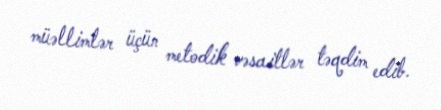
müəllimlər üçün metodik vəsaitlər təqdim edib.